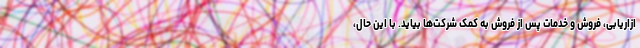
ازاریابی، فروش و خدمات پس از فروش به کمک شرکت‌ها بیاید. با این حال،